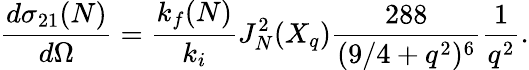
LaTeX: \frac{d{\sigma}_{21}(N)}{d\Omega}=\frac{k_{f}(N)}{k_{i}}J_{N}^{2}(X_{q})\frac{288}{(9/4+q^{2})^{6}}\frac{1}{q^{2}}.